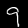
Digit: 9